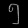
Digit: ၅